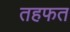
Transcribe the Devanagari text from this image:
तहफत